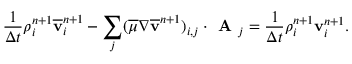
\frac { 1 } { \Delta t } \rho _ { i } ^ { n + 1 } \overline { { \mathbf v } } _ { i } ^ { n + 1 } - \sum _ { j } ( \overline { { \mu } } \nabla \overline { { \mathbf v } } ^ { n + 1 } ) _ { i , j } \cdot \textbf { A } _ { j } = \frac { 1 } { \Delta t } \rho _ { i } ^ { n + 1 } { \mathbf v } _ { i } ^ { n + 1 } .